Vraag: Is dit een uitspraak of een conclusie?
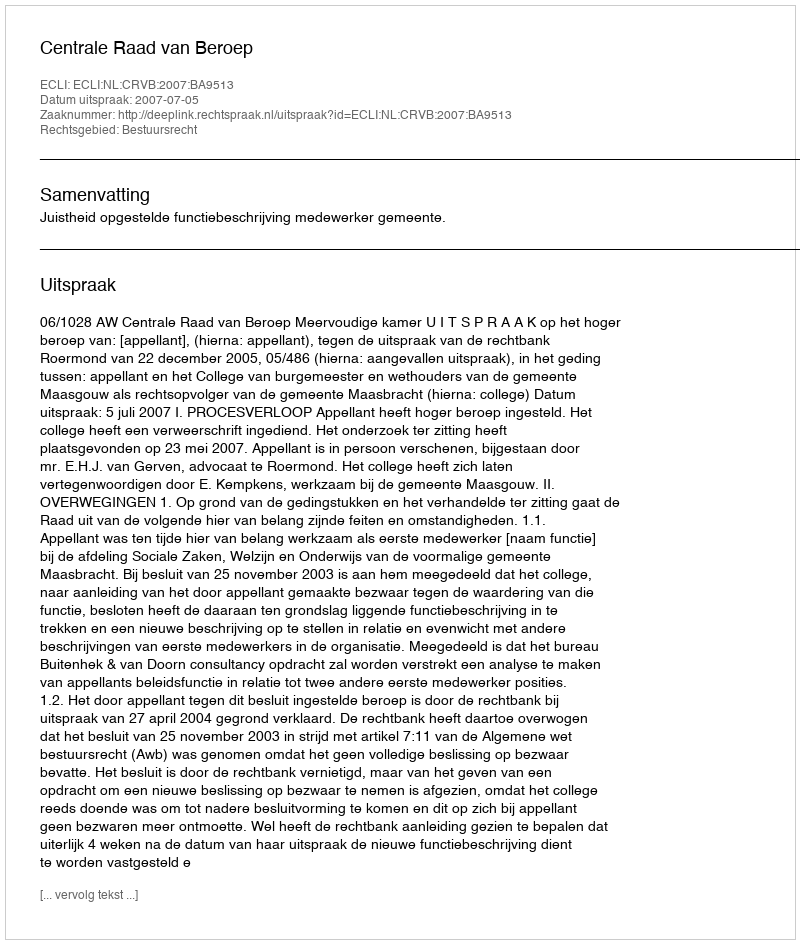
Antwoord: Uitspraak